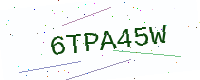
Text: 6TPA45W